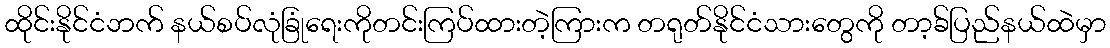
ထိုင်းနိုင်ငံဘက် နယ်စပ်လုံခြုံရေးကိုတင်းကြပ်ထားတဲ့ကြားက တရုတ်နိုင်ငံသားတွေကို တာ့ခ်ပြည်နယ်ထဲမှာ